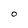
Character: O